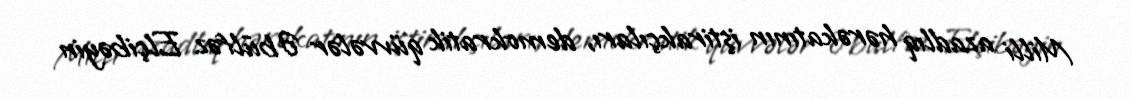
Milli azadlıq hərəkatının iştirakçıları, demokratik qüvvələr Əbülfəz Elçibəyin